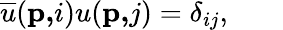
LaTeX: \overline{{{u}}}(\mathbf{p,}i)u(\mathbf{p,}j)=\delta_{ij},\; \; \; \; \; \; \;